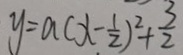
y = a ( x - \frac { 1 } { 2 } ) ^ { 2 } + \frac { 3 } { 2 }